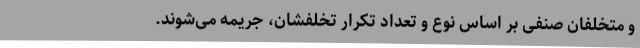
و متخلفان صنفی بر اساس نوع و تعداد تکرار تخلفشان، جریمه می‌شوند.